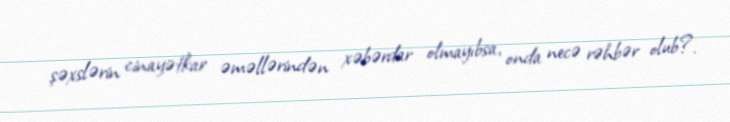
şəxslərin cinayətkar əməllərindən xəbərdar olmayıbsa, onda necə rəhbər olub?.